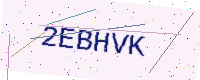
Text: 2EBHVK